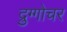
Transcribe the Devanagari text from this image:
द्रुग्गोचर